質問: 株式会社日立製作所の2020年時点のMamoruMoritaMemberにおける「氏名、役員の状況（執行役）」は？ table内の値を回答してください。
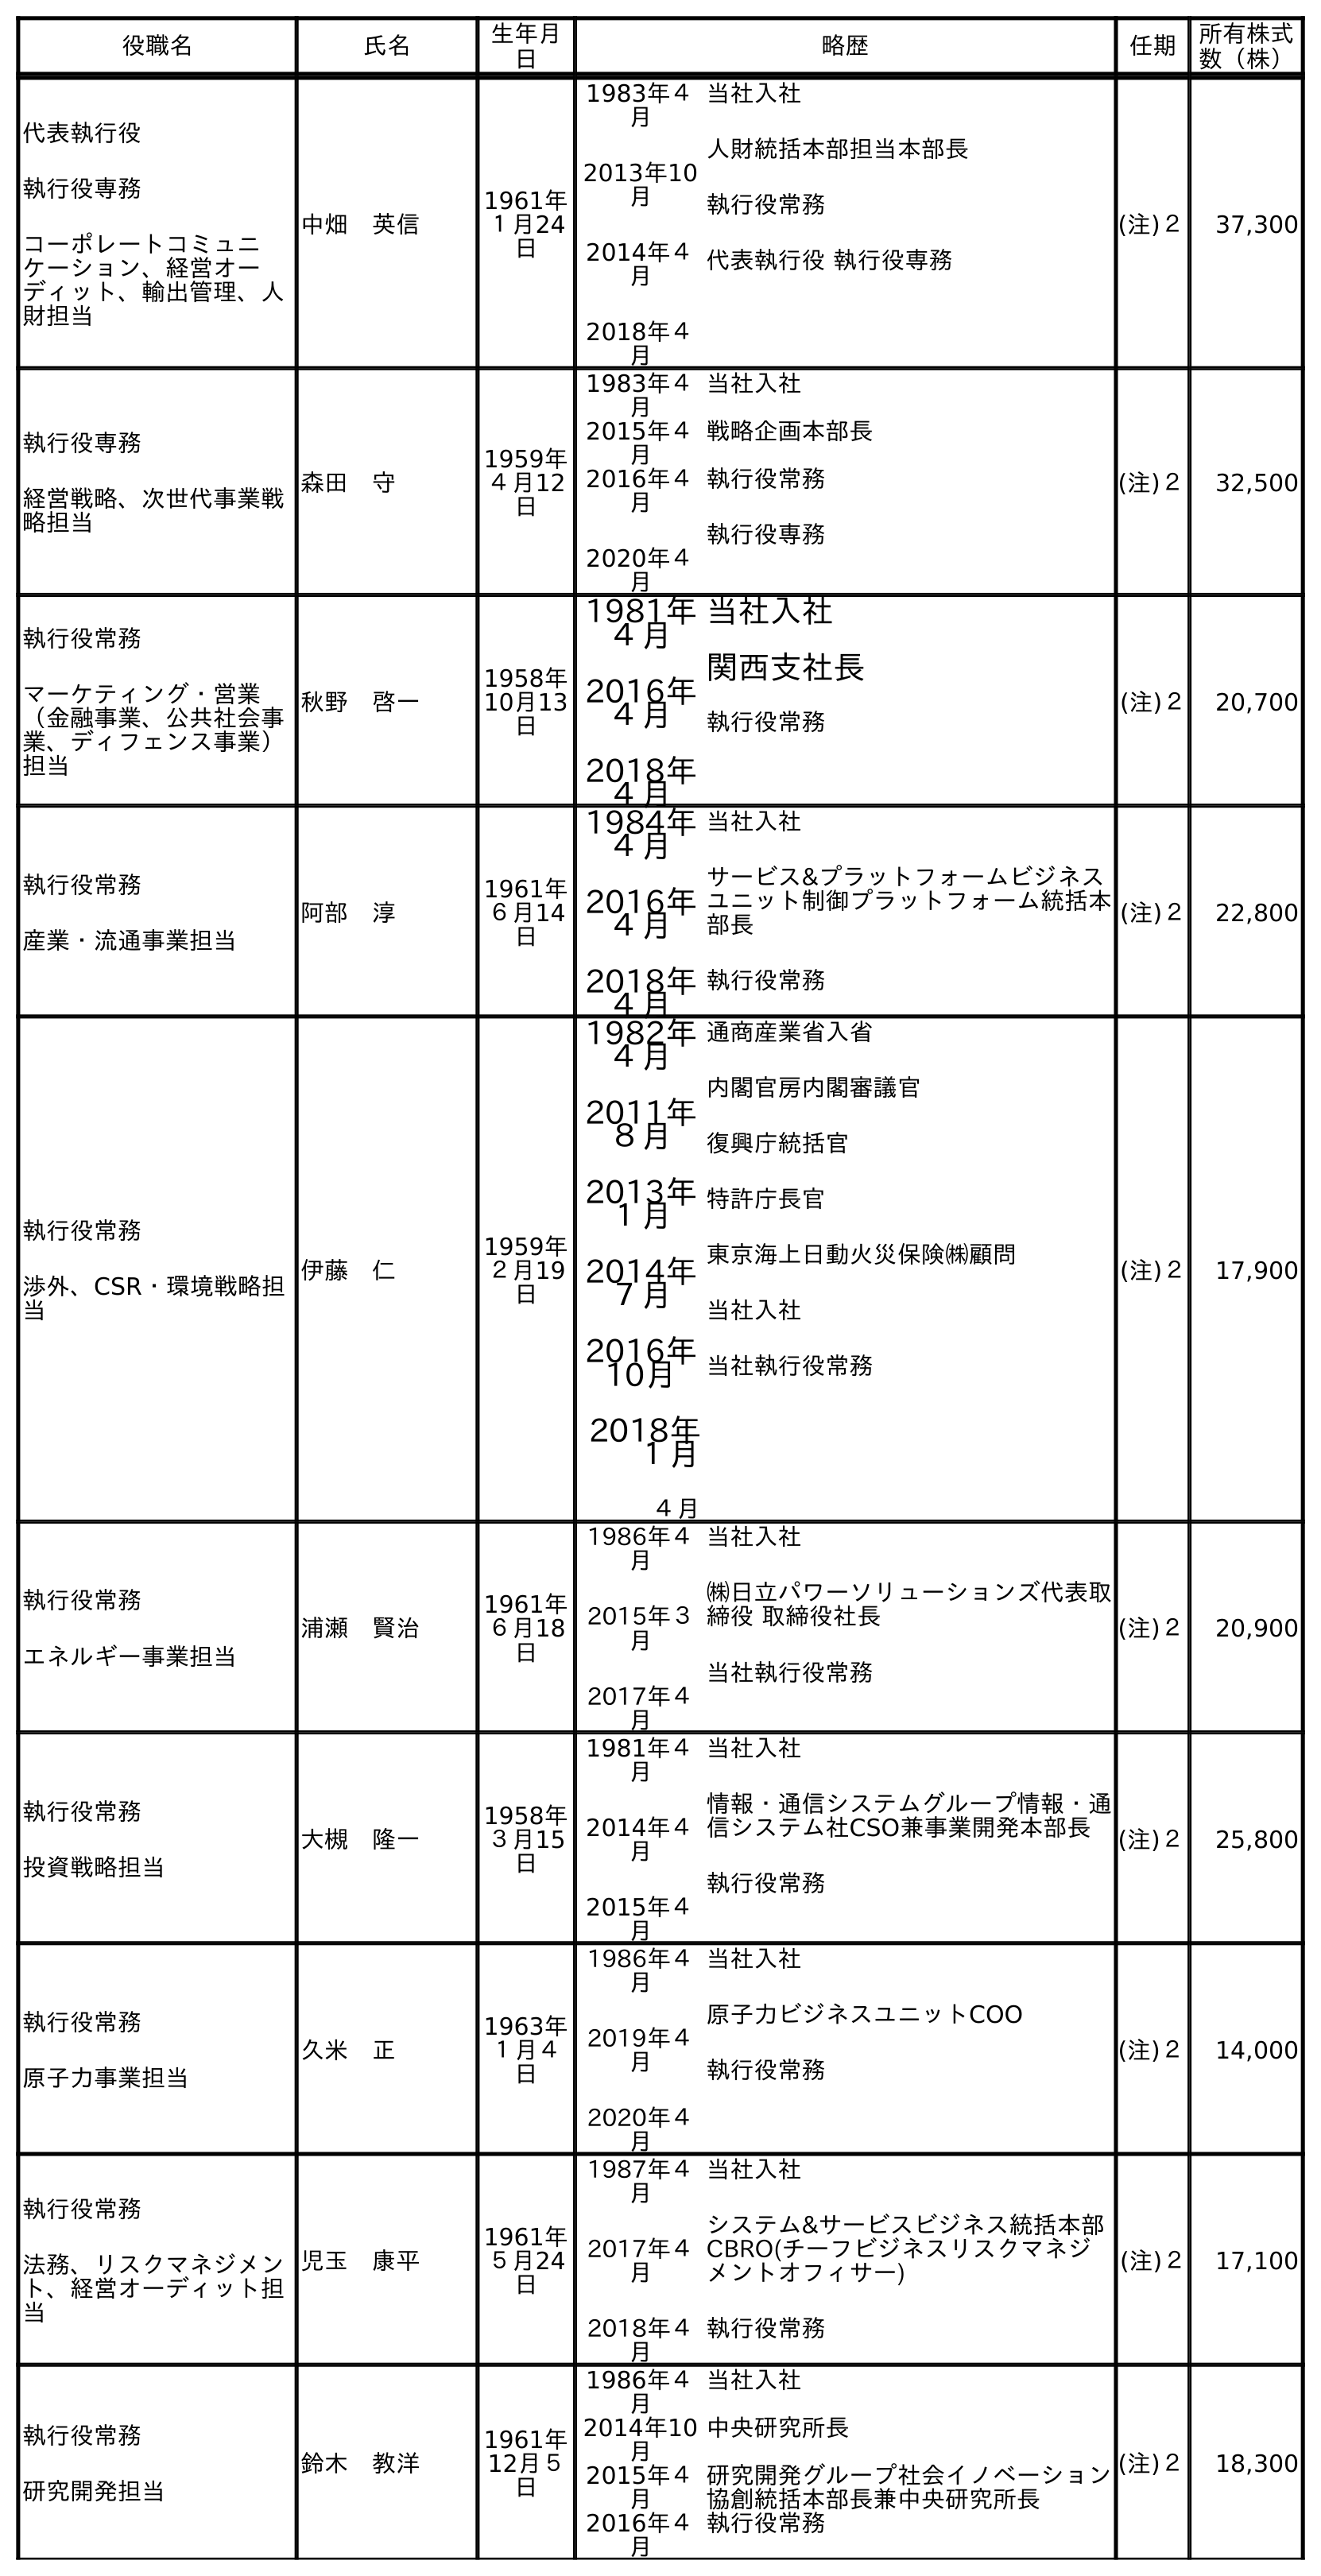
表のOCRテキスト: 役職名 氏名 生年月 日 略歴 任期 所有株式 数（株） 代表執行役 執行役専務 コーポレートコミュニ ケーション、経営オー ディット、輸出管理、人 財担当 中畑 英信 1961年 １月24 日 1983年４ 月 2013年10 月 2014年４ 月 2018年４ 月 当社入社 人財統括本部担当本部長 執行役常務 代表執行役 執行役専務 (注)２ 37,300 執行役専務 経営戦略、次世代事業戦 略担当 森田 守 1959年 ４月12 日 1983年４ 月 当社入社 2015年４ 月 戦略企画本部長 2016年４ 月 2020年４ 月 執行役常務 執行役専務 (注)２ 32,500 執行役常務 マーケティング・営業 （金融事業、公共社会事 業、ディフェンス事業） 担当 秋野 啓一 1958年 10月13 日 1981年 ４月 2016年 ４月 2018年 ４月 当社入社 関西支社長 執行役常務 (注)２ 20,700 執行役常務 産業・流通事業担当 阿部 淳 1961年 ６月14 日 1984年 ４月 2016年 ４月 2018年 ４月 当社入社 サービス&プラットフォームビジネス ユニット制御プラットフォーム統括本 部長 執行役常務 (注)２ 22,800 執行役常務 渉外、CSR・環境戦略担 当 伊藤 仁 1959年 ２月19 日 1982年 ４月 2011年 ８月 2013年 １月 2014年 ７月 2016年 10月 2018年 １月 ４月 通商産業省入省 内閣官房内閣審議官 復興庁統括官 特許庁長官 東京海上日動火災保険㈱顧問 当社入社 当社執行役常務 (注)２ 17,900 執行役常務 エネルギー事業担当 浦瀬 賢治 1961年 ６月18 日 1986年４ 月 2015年３ 月 2017年４ 月 当社入社 ㈱日立パワーソリューションズ代表取 締役 取締役社長 当社執行役常務 (注)２ 20,900 執行役常務 投資戦略担当 大槻 隆一 1958年 ３月15 日 1981年４ 月 2014年４ 月 2015年４ 月 当社入社 情報・通信システムグループ情報・通 信システム社CSO兼事業開発本部長 執行役常務 (注)２ 25,800 執行役常務 原子力事業担当 久米 正 1963年 １月４ 日 1986年４ 月 2019年４ 月 2020年４ 月 当社入社 原子力ビジネスユニットCOO 執行役常務 (注)２ 14,000 執行役常務 法務、リスクマネジメン ト、経営オーディット担 当 児玉 康平 1961年 ５月24 日 1987年４ 月 2017年４ 月 2018年４ 月 当社入社 システム&サービスビジネス統括本部 CBRO(チーフビジネスリスクマネジ メントオフィサー) 執行役常務 (注)２ 17,100 執行役常務 研究開発担当 鈴木 教洋 1961年 12月５ 日 1986年４ 月 当社入社 2014年10 月 中央研究所長 2015年４ 月 研究開発グループ社会イノベーション 協創統括本部長兼中央研究所長 2016年４ 月 執行役常務 (注)２ 18,300
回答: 森田　守